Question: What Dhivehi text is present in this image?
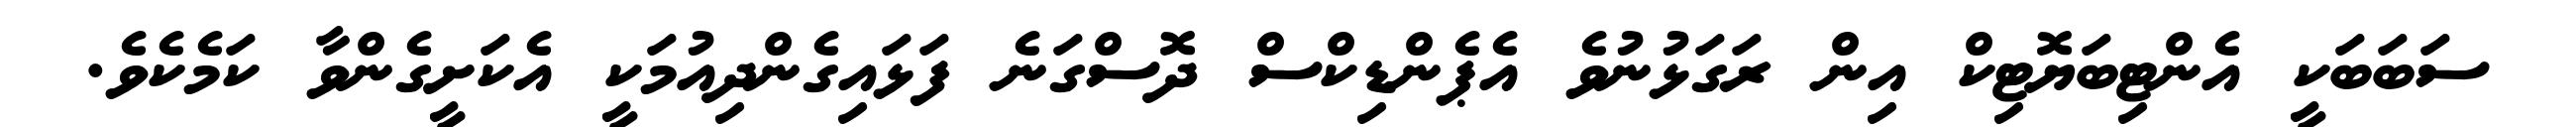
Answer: ސަބަބަކީ އެންޓިބަޔޮޓިކް އިން ރަގަޅުނުވެ އެޕެންޑިކްސް ދޮސްގަނެ ފަޅައިގެންދިއުމަކީ އެކަށީގެންވާ ކަމެކެވެ.